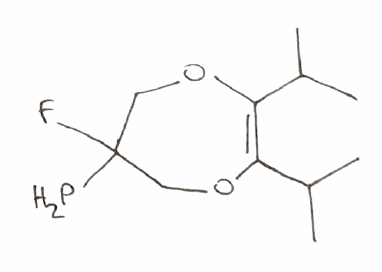
Simplified molecular-input line-entry system (SMILES) notation of the given molecule:
CC(C)C1=C(OCC(CO1)(F)P)C(C)C